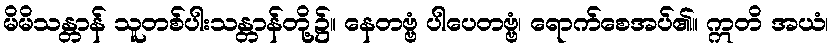
မိမိသန္တာန် သူတစ်ပါးသန္တာန်တို့၌။ နေတဗ္ဗံ ပါပေတဗ္ဗံ၊ ရောက်စေအပ်၏။ ဣတိ အယံ၊